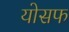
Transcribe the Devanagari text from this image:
योसफ